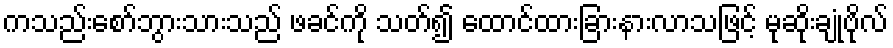
ကသည်းစော်ဘွားသားသည် ဖခင်ကို သတ်၍ ထောင်ထားခြားနားလာသဖြင့် မုဆိုးချုံဗိုလ်